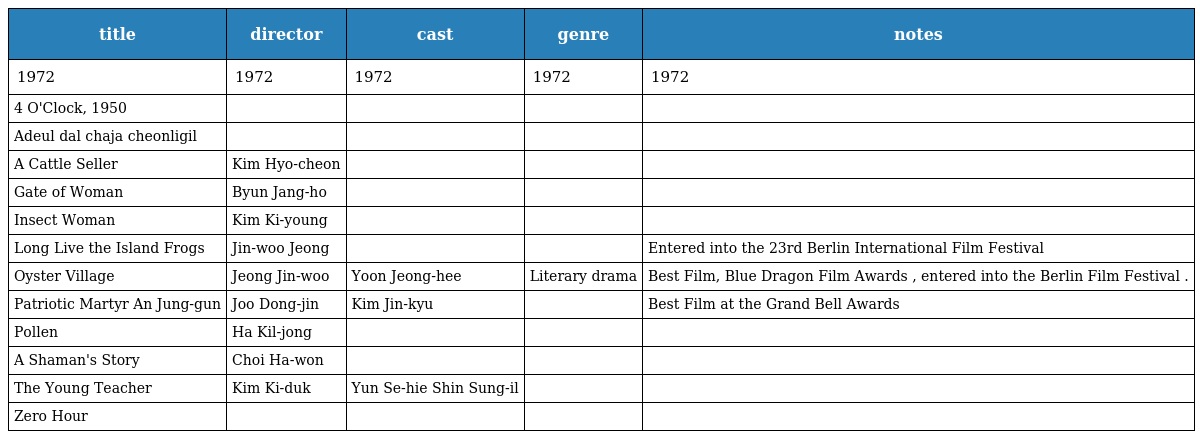
| title | director | cast | genre | notes |
 | --- | --- | --- | --- | --- |
 | 1972 | 1972 | 1972 | 1972 | 1972 |
 | 4 O'Clock, 1950 |  |  |  |  |
 | Adeul dal chaja cheonligil |  |  |  |  |
 | A Cattle Seller | Kim Hyo-cheon |  |  |  |
 | Gate of Woman | Byun Jang-ho |  |  |  |
 | Insect Woman | Kim Ki-young |  |  |  |
 | Long Live the Island Frogs | Jin-woo Jeong |  |  | Entered into the 23rd Berlin International Film Festival |
 | Oyster Village | Jeong Jin-woo | Yoon Jeong-hee | Literary drama | Best Film, Blue Dragon Film Awards , entered into the Berlin Film Festival . |
 | Patriotic Martyr An Jung-gun | Joo Dong-jin | Kim Jin-kyu |  | Best Film at the Grand Bell Awards |
 | Pollen | Ha Kil-jong |  |  |  |
 | A Shaman's Story | Choi Ha-won |  |  |  |
 | The Young Teacher | Kim Ki-duk | Yun Se-hie Shin Sung-il |  |  |
 | Zero Hour |  |  |  |  |